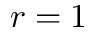
r = 1